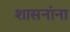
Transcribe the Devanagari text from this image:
शासनांना